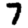
Digit: 7